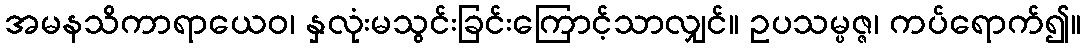
အမနသိကာရာယေဝ၊ နှလုံးမသွင်းခြင်းကြောင့်သာလျှင်။ ဥပသမ္ပဇ္ဇ၊ ကပ်ရောက်၍။